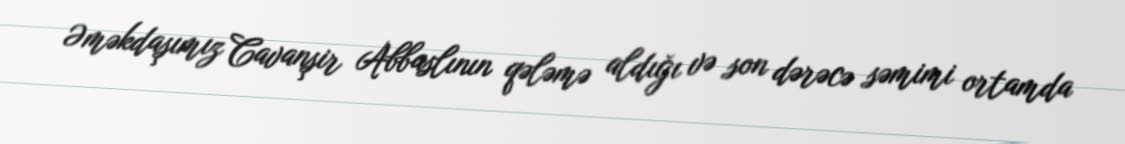
Əməkdaşımız Cavanşir Abbaslının qələmə aldığı və son dərəcə səmimi ortamda